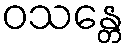
ဝသန္တေ